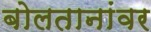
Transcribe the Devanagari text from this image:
बोलतानांवर